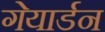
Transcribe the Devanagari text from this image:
गेयार्डन